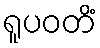
ရူပဝတိံ